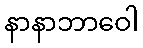
နာနာဘာဝေါ